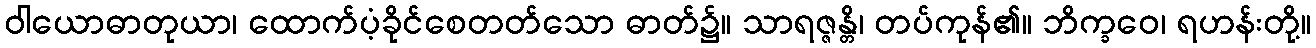
ဝါယောဓာတုယာ၊ ထောက်ပံ့ခိုင်စေတတ်သော ဓာတ်၌။ သာရဇ္ဇန္တိ၊ တပ်ကုန်၏။ ဘိက္ခဝေ၊ ရဟန်းတို့။